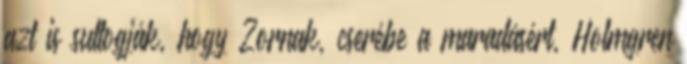
azt is suttogják, hogy Zornak, cserébe a maradásért, Holmgren